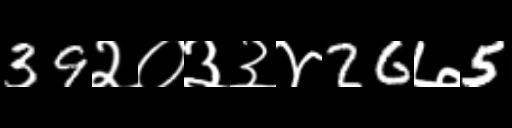
Text: 39२०३३४26७5